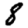
Digit: 8